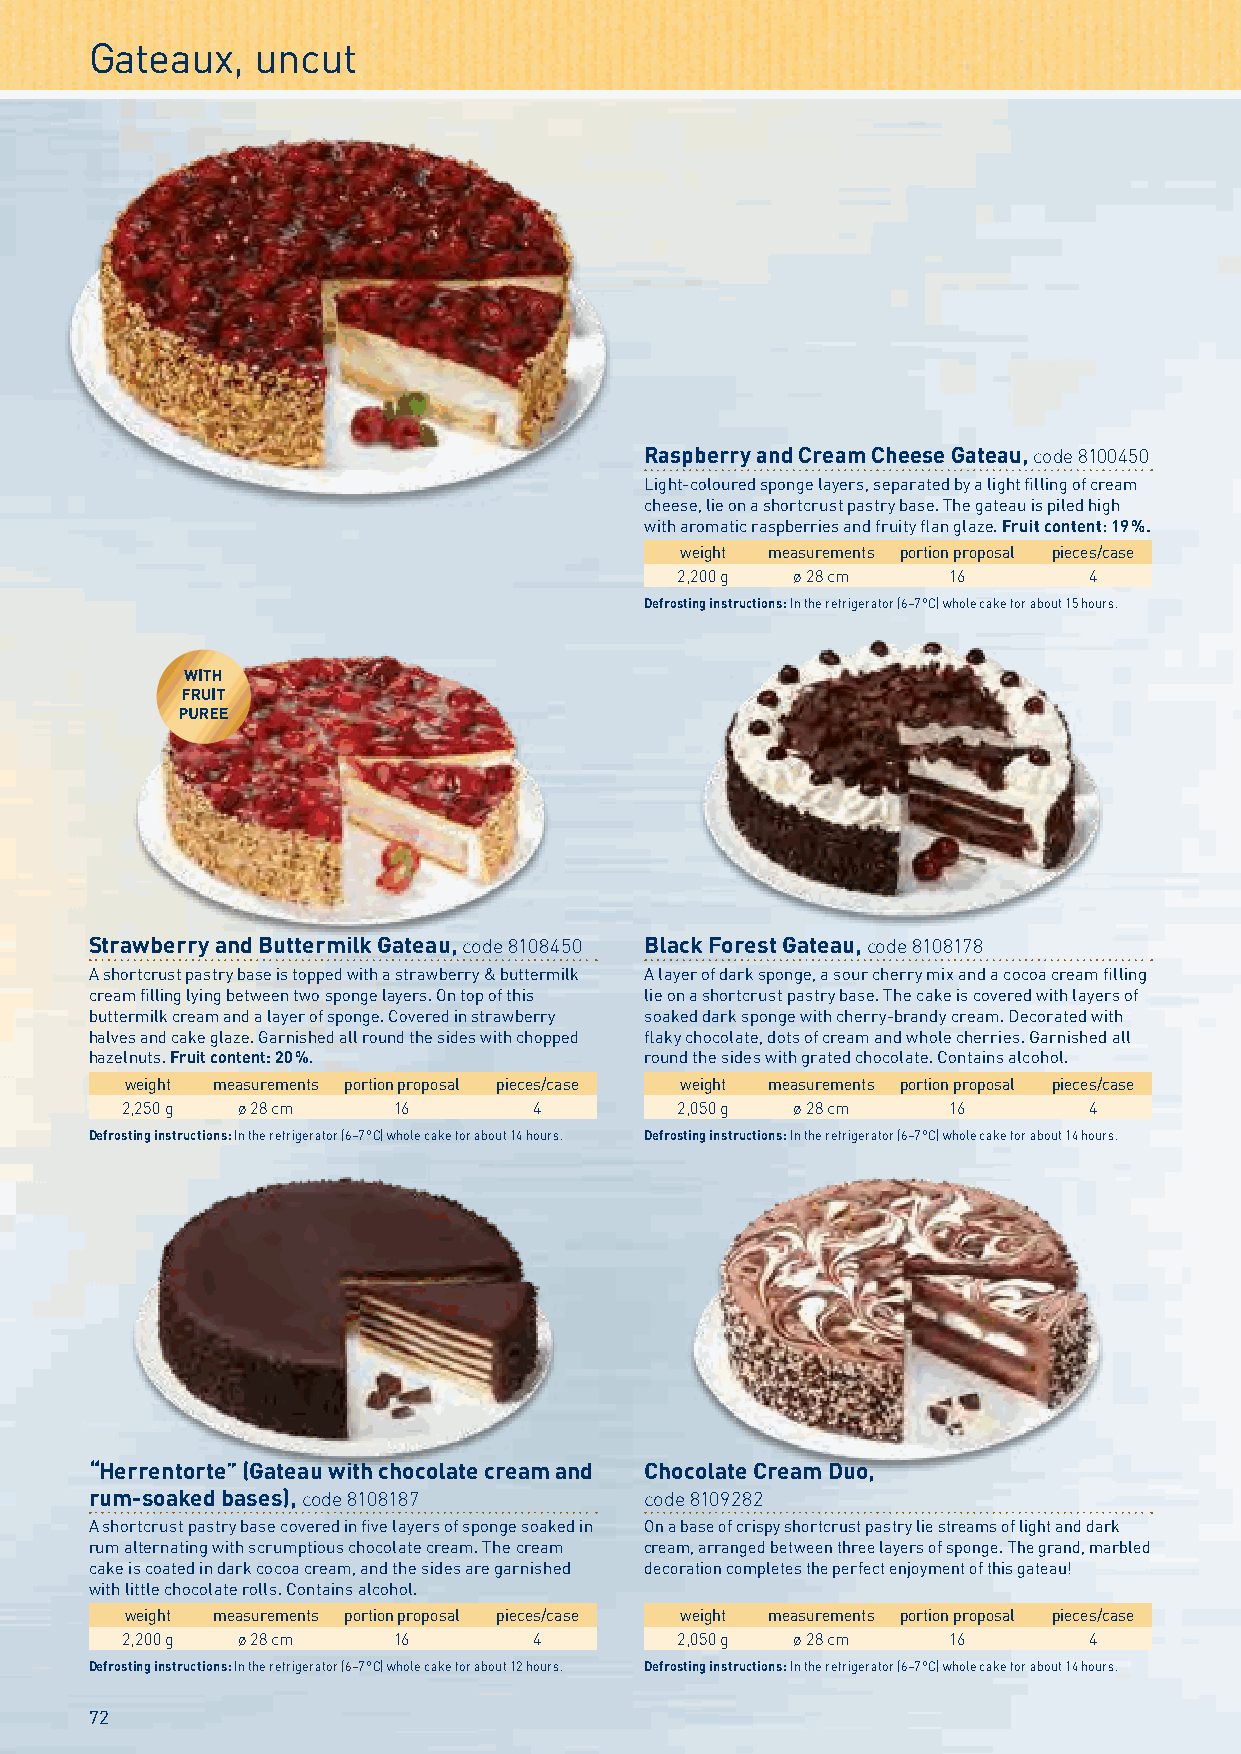
Gateaux,   uncut
 Raspberry and Cream Cheese Gateau, code 8100450
 Light-coloured sponge layers, separated by a light filling of cream
 cheese, lie on a shortcrust pastry base. The gateau is piled high
 with aromatic raspberries and fruity flan glaze. Fruit content: 19 %.
 weight measurements portion proposal pieces/case
 2,200 g ø 28 cm   16       4
 Defrosting instructions: In the refrigerator (6–7 °C) whole cake for about 15 hours.
 Strawberry and Buttermilk Gateau, code 8108450 Black Forest Gateau, code 8108178
 A shortcrust pastry base is topped with a strawberry & buttermilk A layer of dark sponge, a sour cherry mix and a cocoa cream filling
 cream filling lying between two sponge layers. On top of this lie on a shortcrust pastry base. The cake is covered with layers of
 buttermilk cream and a layer of sponge. Covered in strawberry soaked dark sponge with cherry-brandy cream. Decorated with
 halves and cake glaze. Garnished all round the sides with chopped flaky chocolate, dots of cream and whole cherries. Garnished all
 hazelnuts. Fruit content: 20 %.      round the sides with grated chocolate. Contains alcohol.
 weight measurements portion proposal pieces/case weight measurements portion proposal pieces/case
 2,250 g ø 28 cm   16       4         2,050 g ø 28 cm   16       4
 Defrosting instructions: In the refrigerator (6–7 °C) whole cake for about 14 hours. Defrosting instructions: In the refrigerator (6–7 °C) whole cake for about 14 hours.
 “Herrentorte” (Gateau with chocolate cream and Chocolate Cream Duo,
 rum-soaked bases), code 8108187      code 8109282
 A shortcrust pastry base covered in five layers of sponge soaked in On a base of crispy shortcrust pastry lie streams of light and dark
 rum alternating with scrumptious chocolate cream. The cream cream, arranged between three layers of sponge. The grand, marbled
 cake is coated in dark cocoa cream, and the sides are garnished decoration completes the perfect enjoyment of this gateau!
 with little chocolate rolls. Contains alcohol.
 weight measurements portion proposal pieces/case weight measurements portion proposal pieces/case
 2,200 g ø 28 cm   16       4         2,050 g ø 28 cm   16       4
 Defrosting instructions: In the refrigerator (6–7 °C) whole cake for about 12 hours. Defrosting instructions: In the refrigerator (6–7 °C) whole cake for about 14 hours.
 72